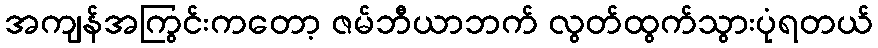
အကျန်အကြွင်းကတော့ ဇမ်ဘီယာဘက် လွတ်ထွက်သွားပုံရတယ်